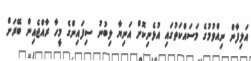
އަލިފާން ނިއްވުމުގެ މަސައްކަތުގައި އުޅެނިކޮށް އަނިޔާ ލިބުނު ސިފައިންގެ މީހާ ރާއްޖެއިން ބޭރަށް